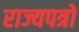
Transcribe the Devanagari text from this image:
राज्यपत्रों